Civil Veterinary Dept. North-West Frontier Province 1923-32 - 1923-1932
Year: 1923
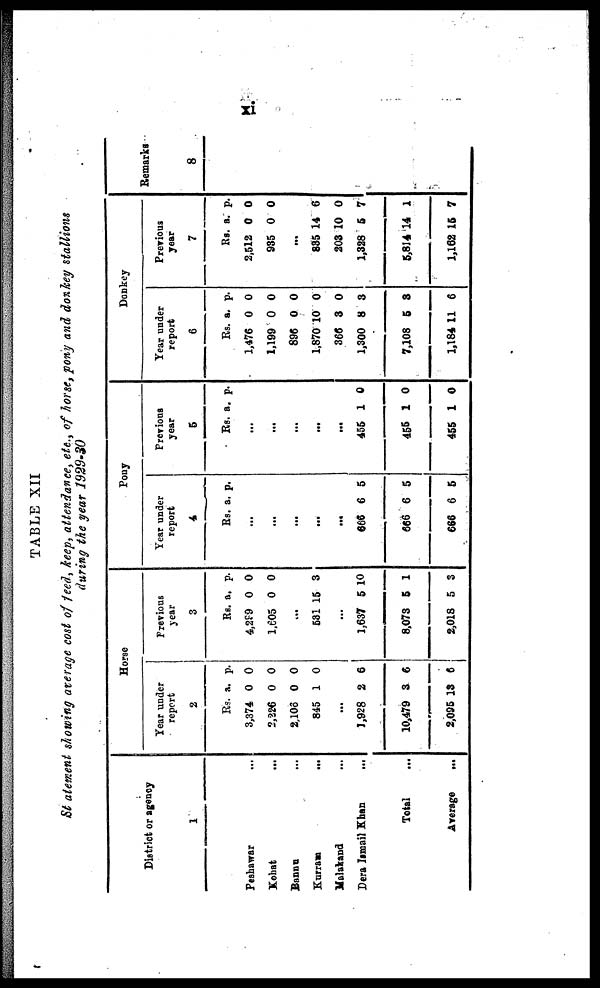
xi
TABLE XII
Statement showing average cost of feed, keep, attendance, etc., of horse, pony and donkey stallions
during the year 1929-30
District or agency
1
Peshawar ...
Kohat ...
Bannu ...
Kurram
...
Malakand ...
Dera Ismail Khan
...
Total
Average
...
Horse
Year under
report
2
Rs.
3,374
2,226
2,106
845
...
1,928
10,479
2,095
a.
0
0
0
1
2
3
13
p.
0
0
0
0
6
6
6
Previous
year
3
Rs.
4,299
1,605
...
531
...
1,637
8,073
2,018
a.
0
0
15
5
5
5
p.
0
0
3
10
1
3
Pony
Year under
report
4
Rs.
...
...
...
...
...
666
666
666
a.
6
6
6
p.
5
5
5
Previous
year
5
Rs.
...
...
...
...
...
455
455
455
a.
1
1
1
p.
0
0
0
Donkey
Year under
report
6
Rs.
1,476
1,199
896
1,870
366
1,300
7,108
1,184
a.
0
0
0
10
3
8
5
11
p.
0
0
0
0
0
3
3
6
Previous
year
7
Rs.
2,512
935
...
835
203
1,328
5,814
1,162
a.
0
0
14
10
5
14
15
p.
0
0
6
0
7
1
7
Remarks
8